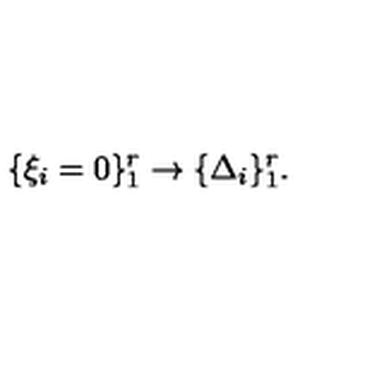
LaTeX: \{ \xi _ { i } = 0 \} _ { 1 } ^ { r } \rightarrow \{ \Delta _ { i } \} _ { 1 } ^ { r } .